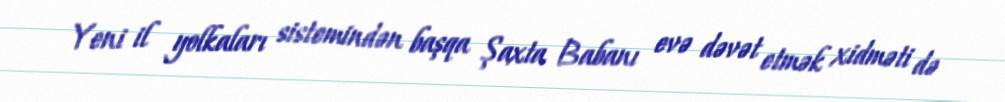
Yeni il yolkaları sistemindən başqa Şaxta Babanı evə dəvət etmək xidməti də